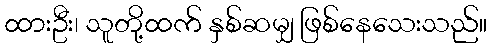
ထားဦး၊ သူတို့ထက် နှစ်ဆမျှ ဖြစ်နေသေးသည်။